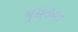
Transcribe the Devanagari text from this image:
मुख़्तसर